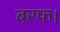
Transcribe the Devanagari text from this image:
बरफ।